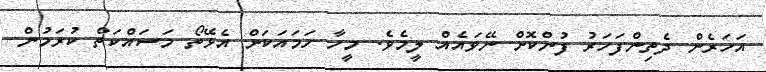
އަހަރެން ދެތިންފަހަރު ފުންކޮށް ނޭވައެއް ލީމެވެ. މީހާ ހަމައަކަށް އެޅޭތޯ މަސައްކަތް ކުރަމުން